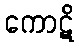
ကောဋိ